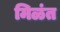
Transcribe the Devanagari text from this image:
मिळंत